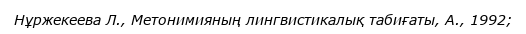
Нұржекеева Л., Метонимияның лингвистикалық табиғаты, А., 1992;